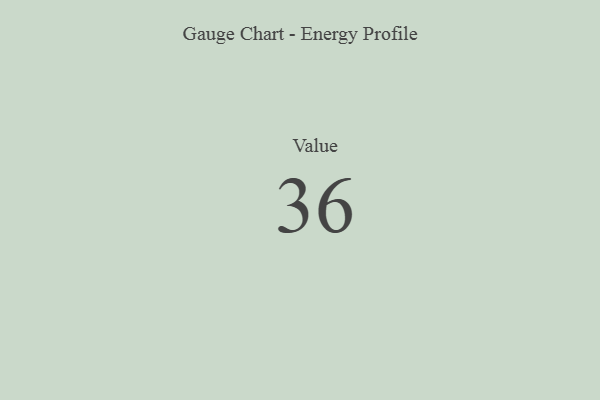
{"axis": {"x": "Metric", "y": "Value"}, "legend": [""], "data": [{"x": "Value", "y": 36, "type": ""}]}